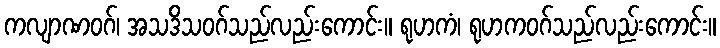
ကလျာဏဝဂ်၊ အသဒိသဝဂ်သည်လည်းကောင်း။ ရုဟကံ၊ ရုဟကဝဂ်သည်လည်းကောင်း။